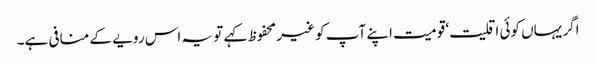
اگر یہاں کوئی اقلیت‘ قومیت اپنے آپ کو غیر محفوظ کہے تو یہ اس رویے کے منافی ہے۔